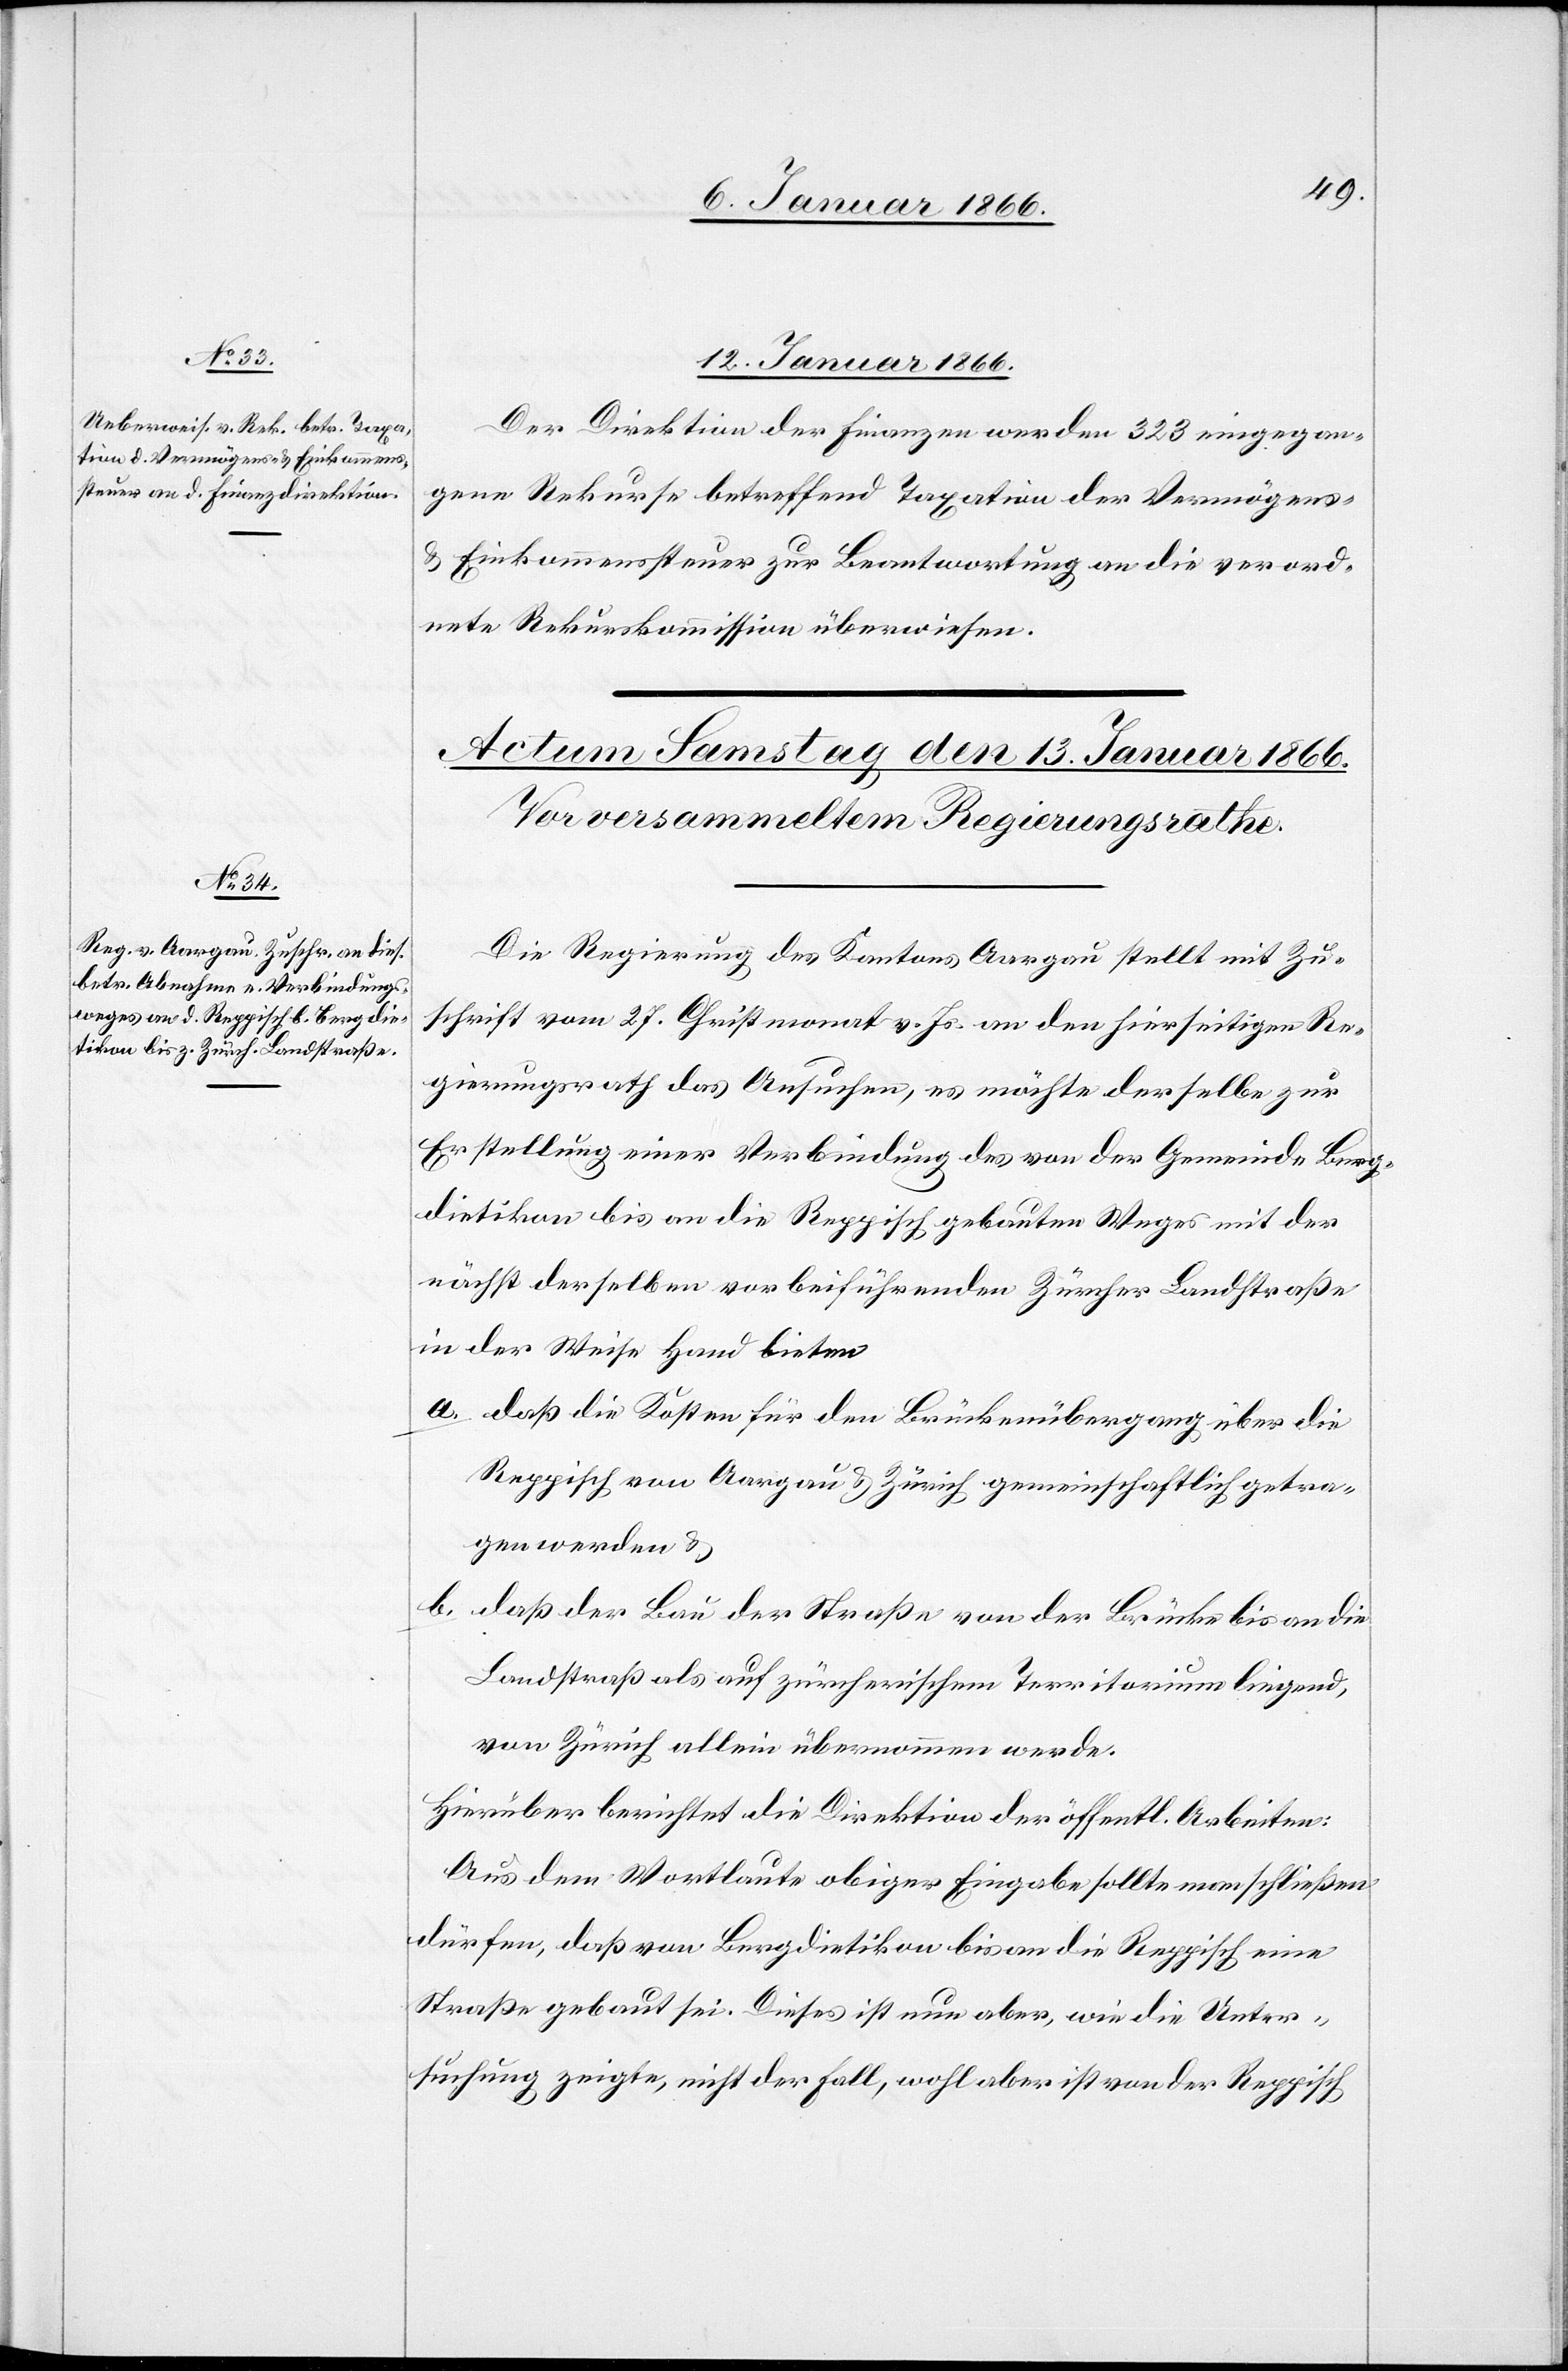
12. Januar 1866
Der Direktion der Finanzen werden 323 eingegan¬
gene Rekurse betreffen Taxation der Vermögens-
u. Einkommenssteuer zur Beantwortung an die verord¬
nete Rekurskommission überwiesen.
Die Regierung des Kantons Aargau stellt mit Zu¬
schrift vom 27. Christmonat v. Js. an den hierseitigen Re¬
gierungsrath das Ansuchen, es möchte derselbe zur
Erstellung einer Verbindung des von der Gemeinde Berg¬
dietikon bis an die Reppisch gebauten Steges mit der
nächst derselben vorbeiführenden Zürcher Landstraße
der Weise Hand bieten
a. daß die Kosten für den Brückenübergang über die
Reppisch von Aargau u. Zürich gemeinschaftlich getra¬
gen werden u.
b. daß der Bau der Straße von der Brücke bis an die
Landstraß[e] als auf zürcherischem Territorium liegend,
von Zürich allein übernommen werde.
Hierüber berichtet die Direktion der öffentl. Arbeiten:
Aus dem Wortlaute obiger Eingabe sollte man schließen
dürfen, daß von Bergdietikon bis an die Reppisch eine
Straße gebaut sei. Dieses ist nun aber, wie die Unter¬
suchung zeigte, nicht der Fall, wohl aber ist von der Reppisch